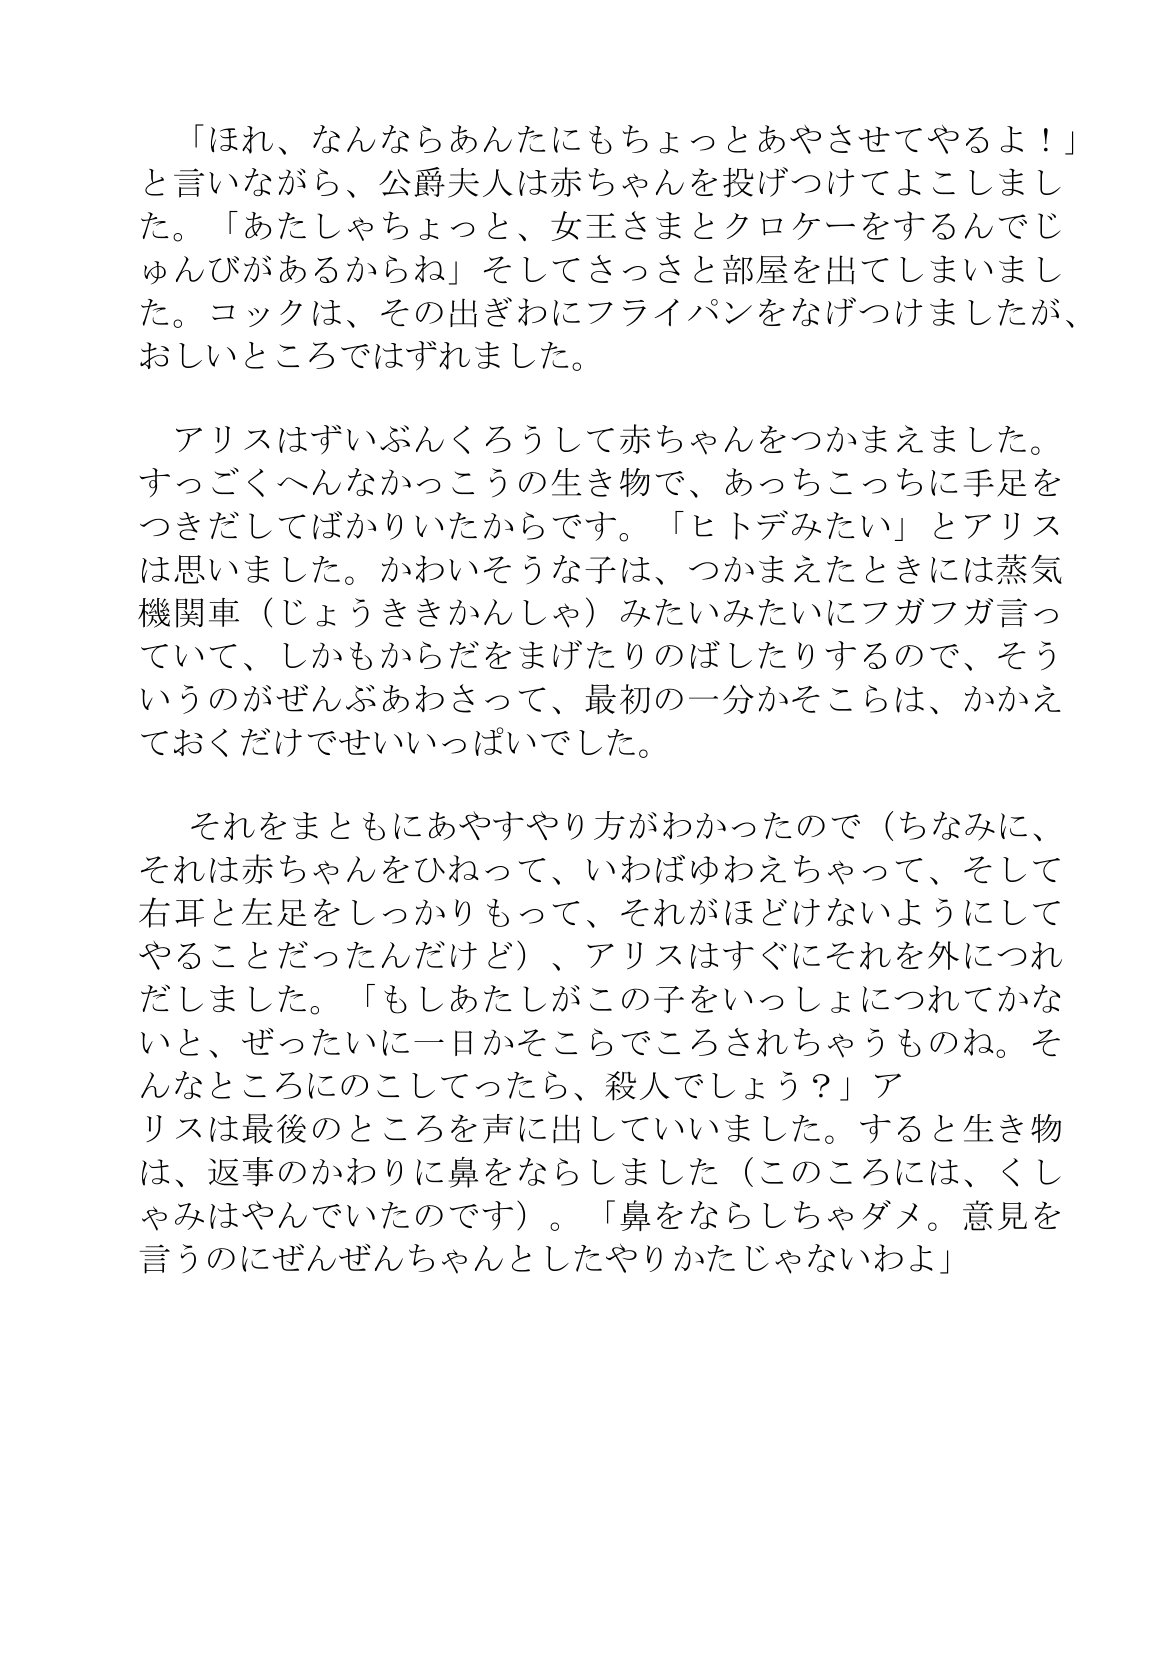
Language: ja